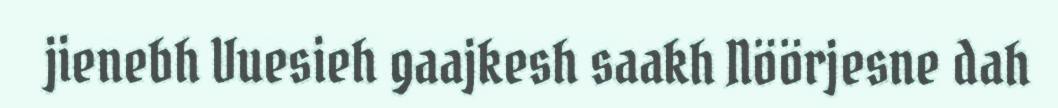
jienebh Vuesieh gaajkesh saakh Nöörjesne dah